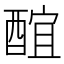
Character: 䣾